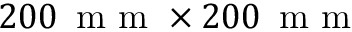
2 0 0 \, \mathrm { ~ m ~ m ~ } \times 2 0 0 \, \mathrm { ~ m ~ m ~ }